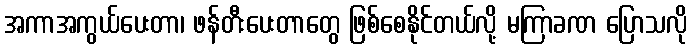
အကာအကွယ်ပေးတာ၊ ဖန်တီးပေးတာတွေ ဖြစ်စေနိုင်တယ်လို့ မကြာခဏ ပြောသလို